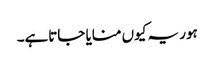
ہور یہ کیوں منایا جاتاہے۔